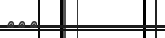
١٥٢